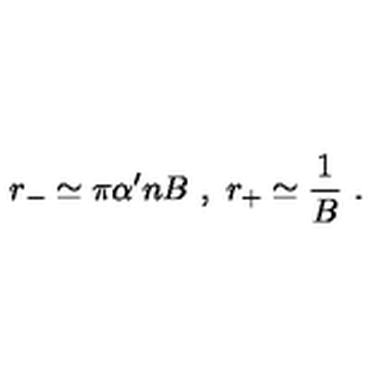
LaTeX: r _ { - } \simeq \pi \alpha ^ { \prime } n B \ , \ r _ { + } \simeq \frac { 1 } { B } \ .